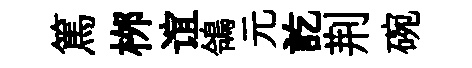
篤桞谊鴒元訖荆碗